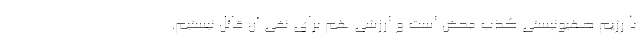
با رژیم صهیونیستی کذب محض است و ارزشی هم برای نفی آن قائل نیستیم.